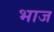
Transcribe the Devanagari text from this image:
भाज